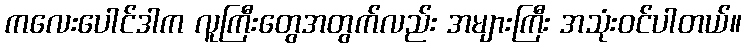
ကလေးပေါင်ဒါက လူကြီးတွေအတွက်လည်း အများကြီး အသုံးဝင်ပါတယ်။